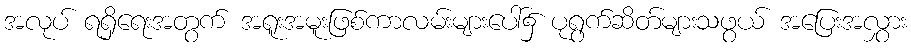
အလုပ် ရရှိရေးအတွက် အရူးအမူးဖြစ်ကာလမ်းများပေါ်၌ ပုရွက်ဆိတ်များသဖွယ် အပြေးအလွှား